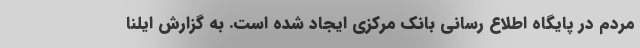
مردم در پایگاه اطلاع رسانی بانک مرکزی ایجاد شده است. به گزارش ایلنا